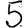
Digit: 5